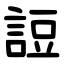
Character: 䛠